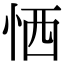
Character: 恓